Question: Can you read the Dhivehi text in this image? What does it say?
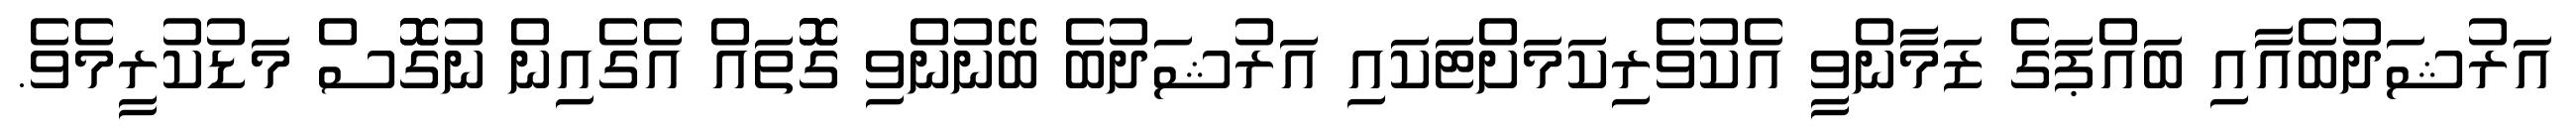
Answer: އަރުޝަދުބެއާއި ބައްޕަގެ ޒަމާންވީ އެކުވެރިކަމަށްޓަކައި އަރުޝަދުބެ ބޭނުންވި ގޮޮތައް އެގެއިން ނުގޮޮސް މަޑުކުރީމެވެ.